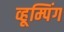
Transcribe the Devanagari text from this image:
व्हूम्पिंग